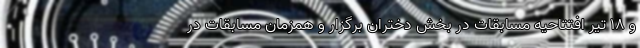
و ۱۸ تیر افتتاحیه مسابقات در بخش دختران برگزار و همزمان مسابقات در